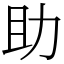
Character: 助